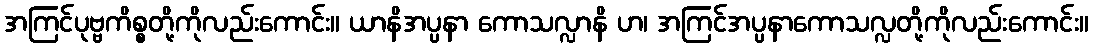
အကြင်ပုဗ္ဗကိစ္စတို့ကိုလည်းကောင်း။ ယာနိအပ္ပနာ ကောသလ္လာနိ ဟ၊ အကြင်အပ္ပနာကောသလ္လတို့ကိုလည်းကောင်း။